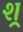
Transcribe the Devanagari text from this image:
श्र्